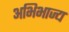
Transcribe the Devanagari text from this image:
अभिभाज्य